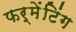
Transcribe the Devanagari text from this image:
फर्मेंटिंग